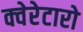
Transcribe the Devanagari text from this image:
क्वेरेटारो